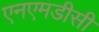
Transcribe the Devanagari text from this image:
एनएमडीसी